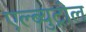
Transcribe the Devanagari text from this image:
एल्ब्युट्रोल